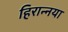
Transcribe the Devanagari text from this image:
हिरान्नया